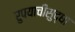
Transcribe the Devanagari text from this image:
रुपयाचीसुद्धा